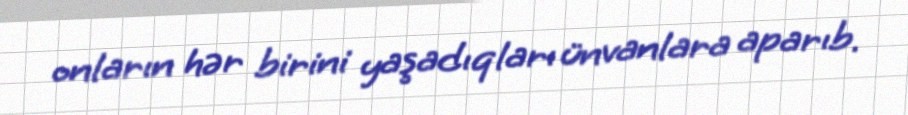
onların hər birini yaşadıqları ünvanlara aparıb.